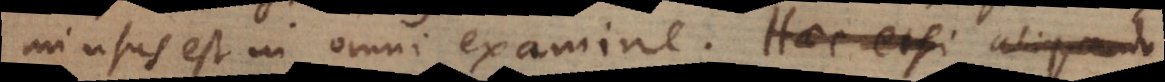
mi usus est in omni examine. Haec etsi aliquando